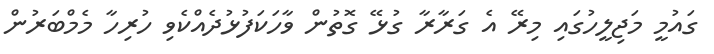
ގައުމީ މަޖިލީހުގައި މިރޭ އެ ގަރާރާ ގުޅޭ ގޮތުން ވާހަކަފުޅުދެއްކެވި ހުރިހާ މެމްބަރުން